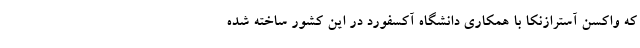
که واکسن آسترازنکا با همکاری دانشگاه آکسفورد در این کشور ساخته شده